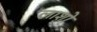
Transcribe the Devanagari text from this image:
लाशो